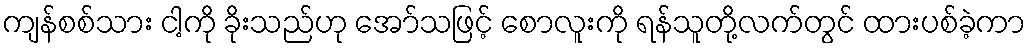
ကျန်စစ်သား ငါ့ကို ခိုးသည်ဟု အော်သဖြင့် စောလူးကို ရန်သူတို့လက်တွင် ထားပစ်ခဲ့ကာ